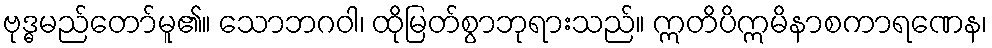
ဗုဒ္ဓမည်တော်မူ၏။ သောဘဂဝါ၊ ထိုမြတ်စွာဘုရားသည်။ ဣတိပိဣမိနာစကာရဏေန၊